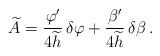
LaTeX: \begin{align*}\widetilde{A} = {\varphi'\over4\widetilde{h}} \, \delta\varphi +{\beta'\over4\widetilde{h}} \, \delta\beta \, .\end{align*}